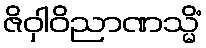
ဇိဝှါဝိညာဏသ္မိံ